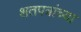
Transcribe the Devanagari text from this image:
शतपत्रांच्या